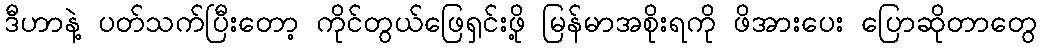
ဒီဟာနဲ့ ပတ်သက်ပြီးတော့ ကိုင်တွယ်ဖြေရှင်းဖို့ မြန်မာအစိုးရကို ဖိအားပေး ပြောဆိုတာတွေ